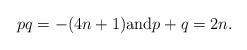
LaTeX: \begin{align*}pq=-(4n+1)\mbox{and}p+q=2n.\end{align*}